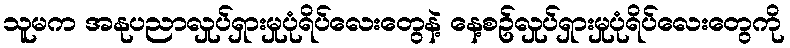
သူမက အနုပညာလှုပ်ရှားမှုပုံရိပ်လေးတွေနဲ့ နေ့စဥ်လှုပ်ရှားမှုပုံရိပ်လေးတွေကို